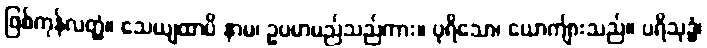
ဖြစ်ကုန်လတ္တံ့။ သေယျထာပိ နာမ၊ ဥပမာမည်သည်ကား။ ပုရိသော၊ ယောကျ်ားသည်။ ပရိသုဒ္ဓံ၊